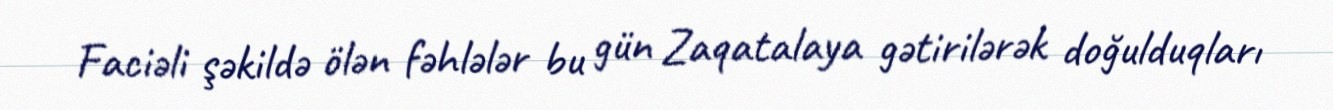
Faciəli şəkildə ölən fəhlələr bu gün Zaqatalaya gətirilərək doğulduqları